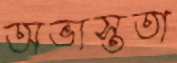
অভ্যস্ততা